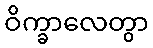
ဝိက္ခာလေတွာ